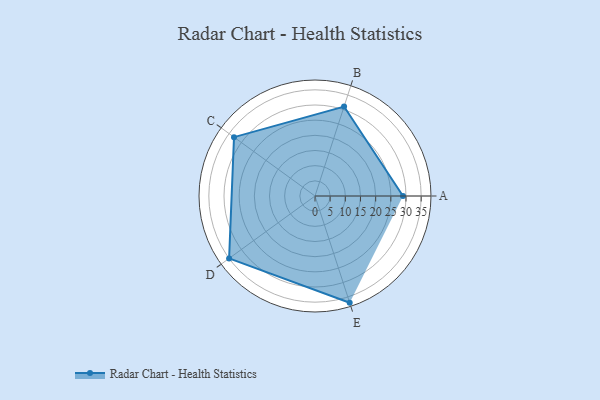
{"axis": {"x": "Skill", "y": "Score"}, "legend": ["Profile"], "data": [{"x": "A", "y": 29.0, "type": "Profile"}, {"x": "B", "y": 31.0, "type": "Profile"}, {"x": "C", "y": 33.0, "type": "Profile"}, {"x": "D", "y": 35.0, "type": "Profile"}, {"x": "E", "y": 37.0, "type": "Profile"}]}